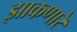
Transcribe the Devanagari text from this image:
झाकणारे